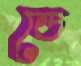
ডে